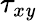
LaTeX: \tau_{x\mathit{y}}